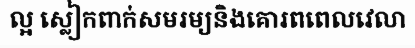
ល្អ ស្លៀកពាក់សមរម្យនិងគោរពពេលវេលា